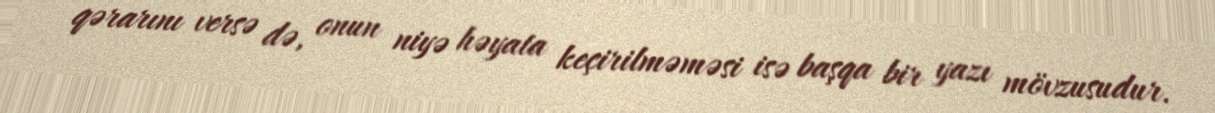
qərarını versə də, onun niyə həyata keçirilməməsi isə başqa bir yazı mövzusudur.